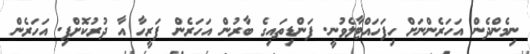
ނިމެންދެން އަހަރެންނަށް ހިފަހައްޓާލެވުނީ. ފަންޑިތައިގެ ބާރުން އަހަރެން ފަރީހާ އާ ދުރުކޮށްފި. އަހަރެން